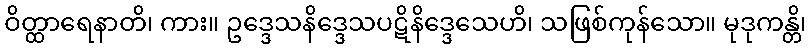
ဝိတ္ထာရေနာတိ၊ ကား။ ဥဒ္ဒေသနိဒ္ဒေသပဋိနိဒ္ဒေသေဟိ၊ သဖြစ်ကုန်သော။ မုဒုကန္တိ၊